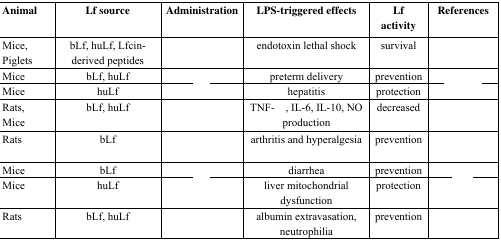
<table><thead><tr><td><b>Animal</b></td><td><b>Lf source</b></td><td><b>Administration</b></td><td><b>LPS-triggered effects</b></td><td><b>Lf activity</b></td><td><b>References</b></td></tr></thead><tbody><tr><td>Mice, Piglets</td><td>bLf, huLf, Lfcin-derived peptides</td><td>[EMPTY_CELL]</td><td>endotoxin lethal shock</td><td>survival</td><td>[EMPTY_CELL]</td></tr><tr><td>Mice</td><td>bLf, huLf</td><td>[EMPTY_CELL]</td><td>preterm delivery</td><td>prevention</td><td>[EMPTY_CELL]</td></tr><tr><td>Mice</td><td>huLf</td><td>[EMPTY_CELL]</td><td>hepatitis</td><td>protection</td><td>[EMPTY_CELL]</td></tr><tr><td>Rats, Mice</td><td>bLf, huLf</td><td>[EMPTY_CELL]</td><td>TNF-α, IL-6, IL-10, NO production</td><td>decreased</td><td>[EMPTY_CELL]</td></tr><tr><td>Rats</td><td>bLf</td><td>[EMPTY_CELL]</td><td>arthritis and hyperalgesia</td><td>prevention</td><td>[EMPTY_CELL]</td></tr><tr><td>Mice</td><td>bLf</td><td>[EMPTY_CELL]</td><td>diarrhea</td><td>prevention</td><td>[EMPTY_CELL]</td></tr><tr><td>Mice</td><td>huLf</td><td>[EMPTY_CELL]</td><td>liver mitochondrial dysfunction</td><td>protection</td><td>[EMPTY_CELL]</td></tr><tr><td>Rats</td><td>bLf, huLf</td><td>[EMPTY_CELL]</td><td>albumin extravasation, neutrophilia</td><td>prevention</td><td>[EMPTY_CELL]</td></tr></tbody></table>